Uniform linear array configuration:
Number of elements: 64
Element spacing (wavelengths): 0.25
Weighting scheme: cosine
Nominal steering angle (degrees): -60
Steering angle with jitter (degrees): -59.883
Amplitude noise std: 0.05
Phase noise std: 0.05

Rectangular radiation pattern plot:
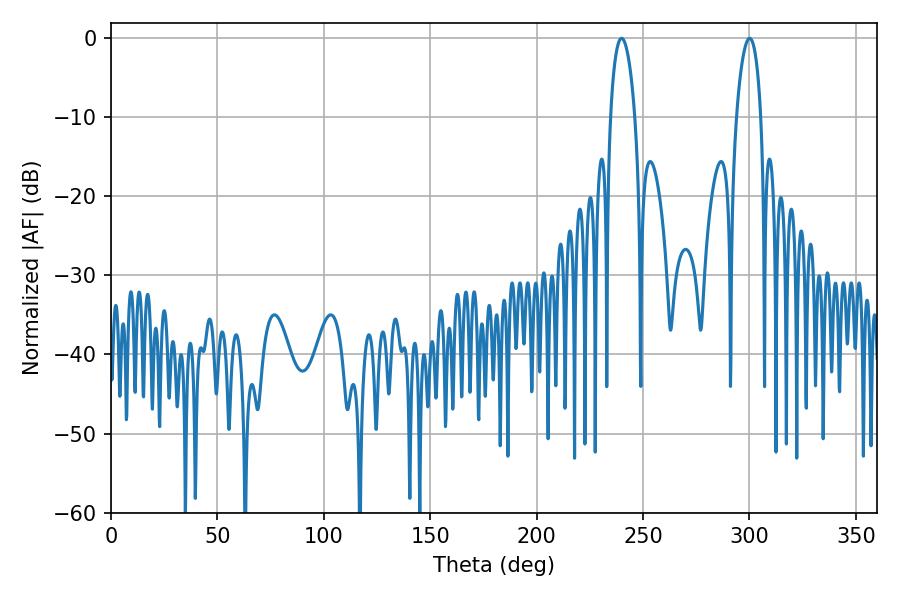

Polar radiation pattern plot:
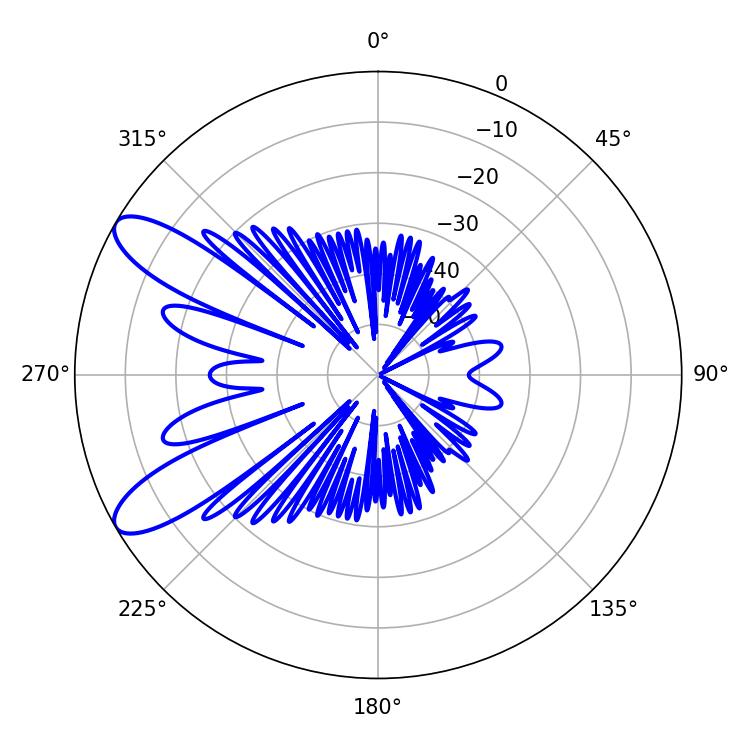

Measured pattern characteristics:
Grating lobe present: FALSE
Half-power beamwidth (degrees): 6.48
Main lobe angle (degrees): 239.94